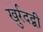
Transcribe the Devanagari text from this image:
खुर्रदद्बी